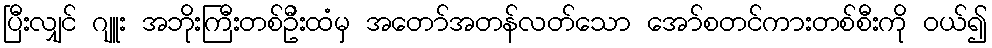
ပြီးလျှင် ဂျူး အဘိုးကြီးတစ်ဦးထံမှ အတော်အတန်လတ်သော အော်စတင်ကားတစ်စီးကို ဝယ်၍